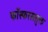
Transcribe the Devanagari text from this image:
फॉस्फरससुक्त